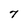
Character: 7